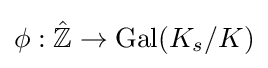
\phi :{\hat {\mathbb {Z} }}\to \operatorname {Gal} (K_{s}/K)